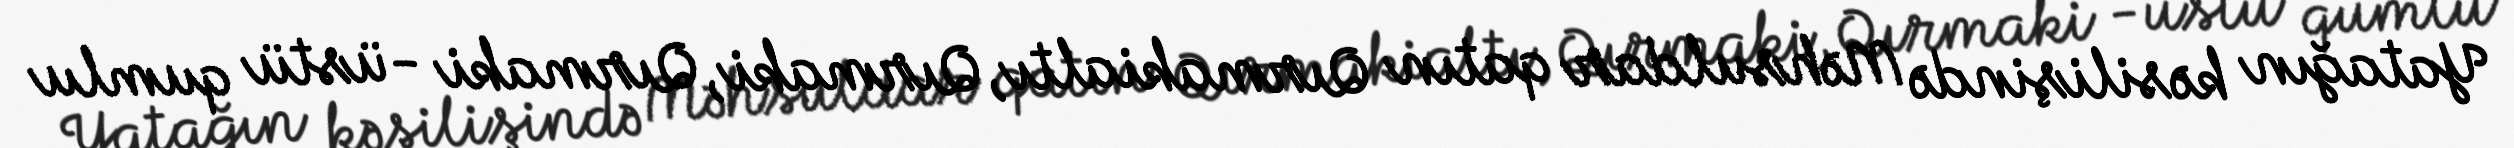
Yatağın kəsilişində Məhsuldar qatın Qırmakialtı, Qırmaki, Qırmaki -üstü qumlu